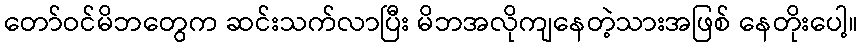
တော်ဝင်မိဘတွေက ဆင်းသက်လာပြီး မိဘအလိုကျနေတဲ့သားအဖြစ် နေတိုးပေါ့။